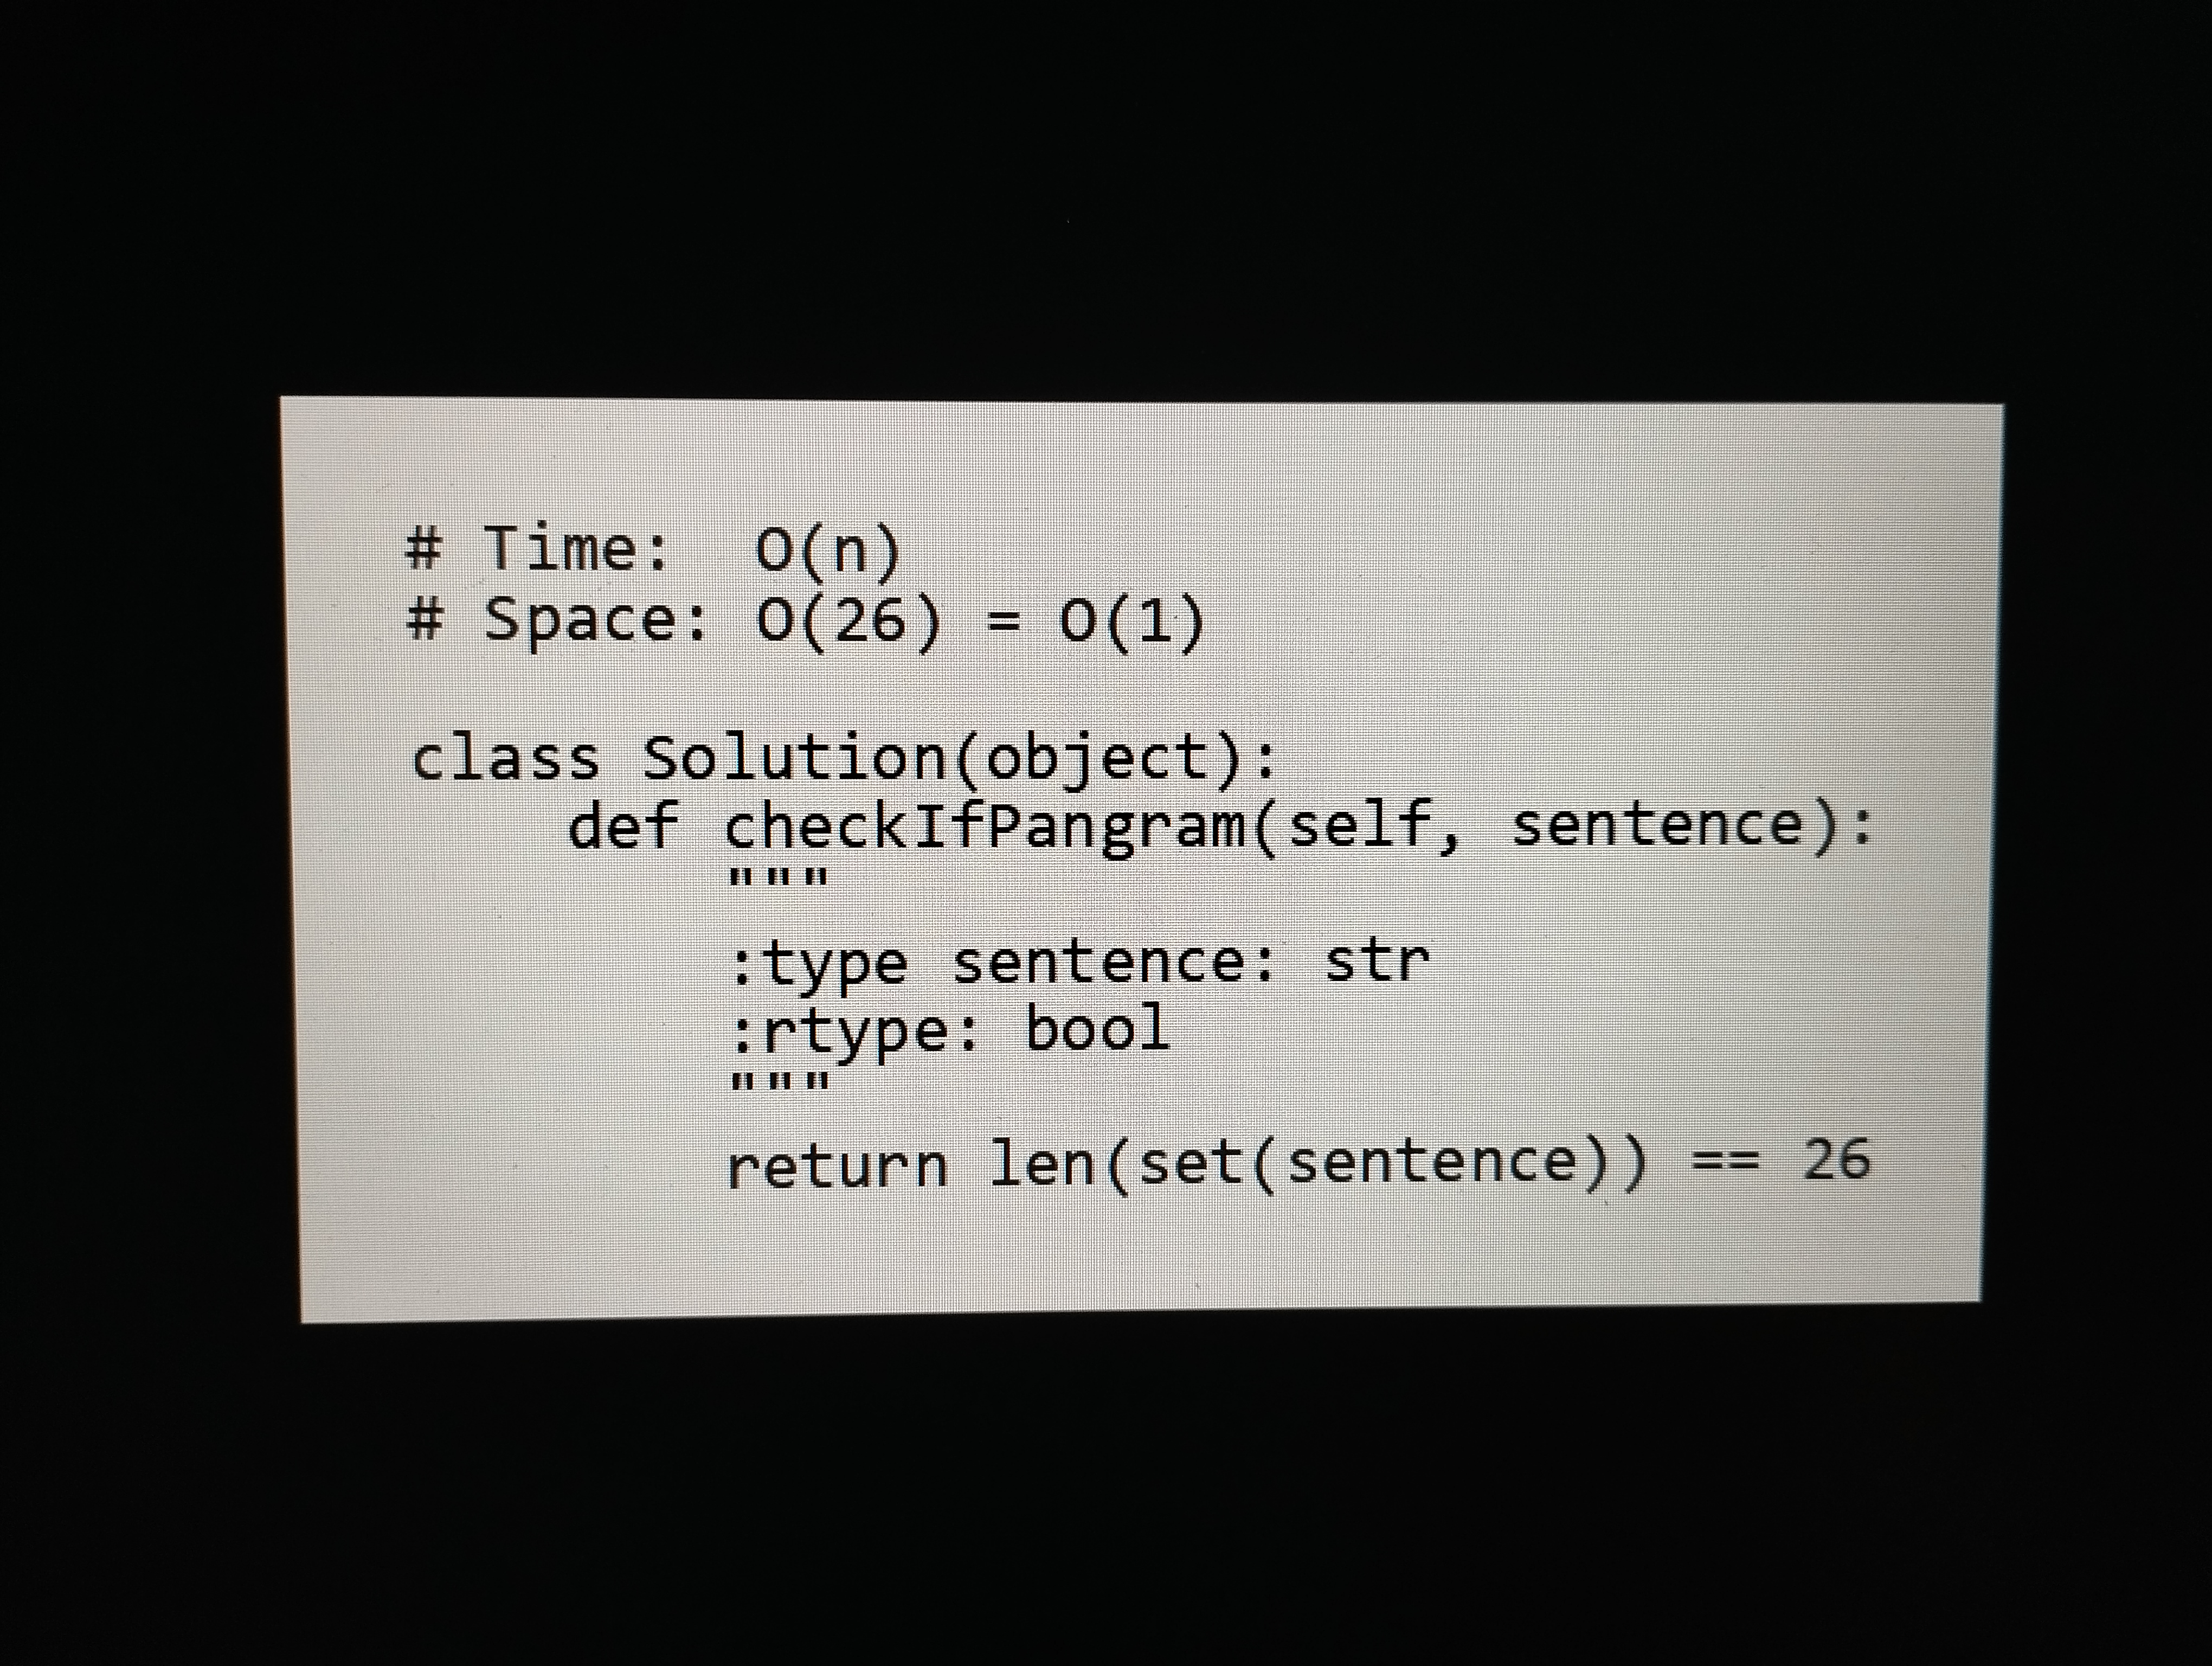
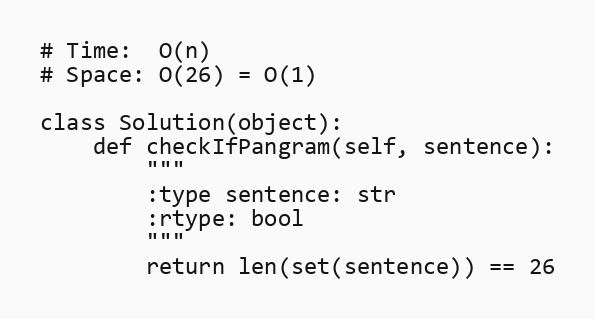
# Time:  O(n)
# Space: O(26) = O(1)

class Solution(object):
    def checkIfPangram(self, sentence):
        """
        :type sentence: str
        :rtype: bool
        """
        return len(set(sentence)) == 26